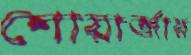
শোয়ার্জার